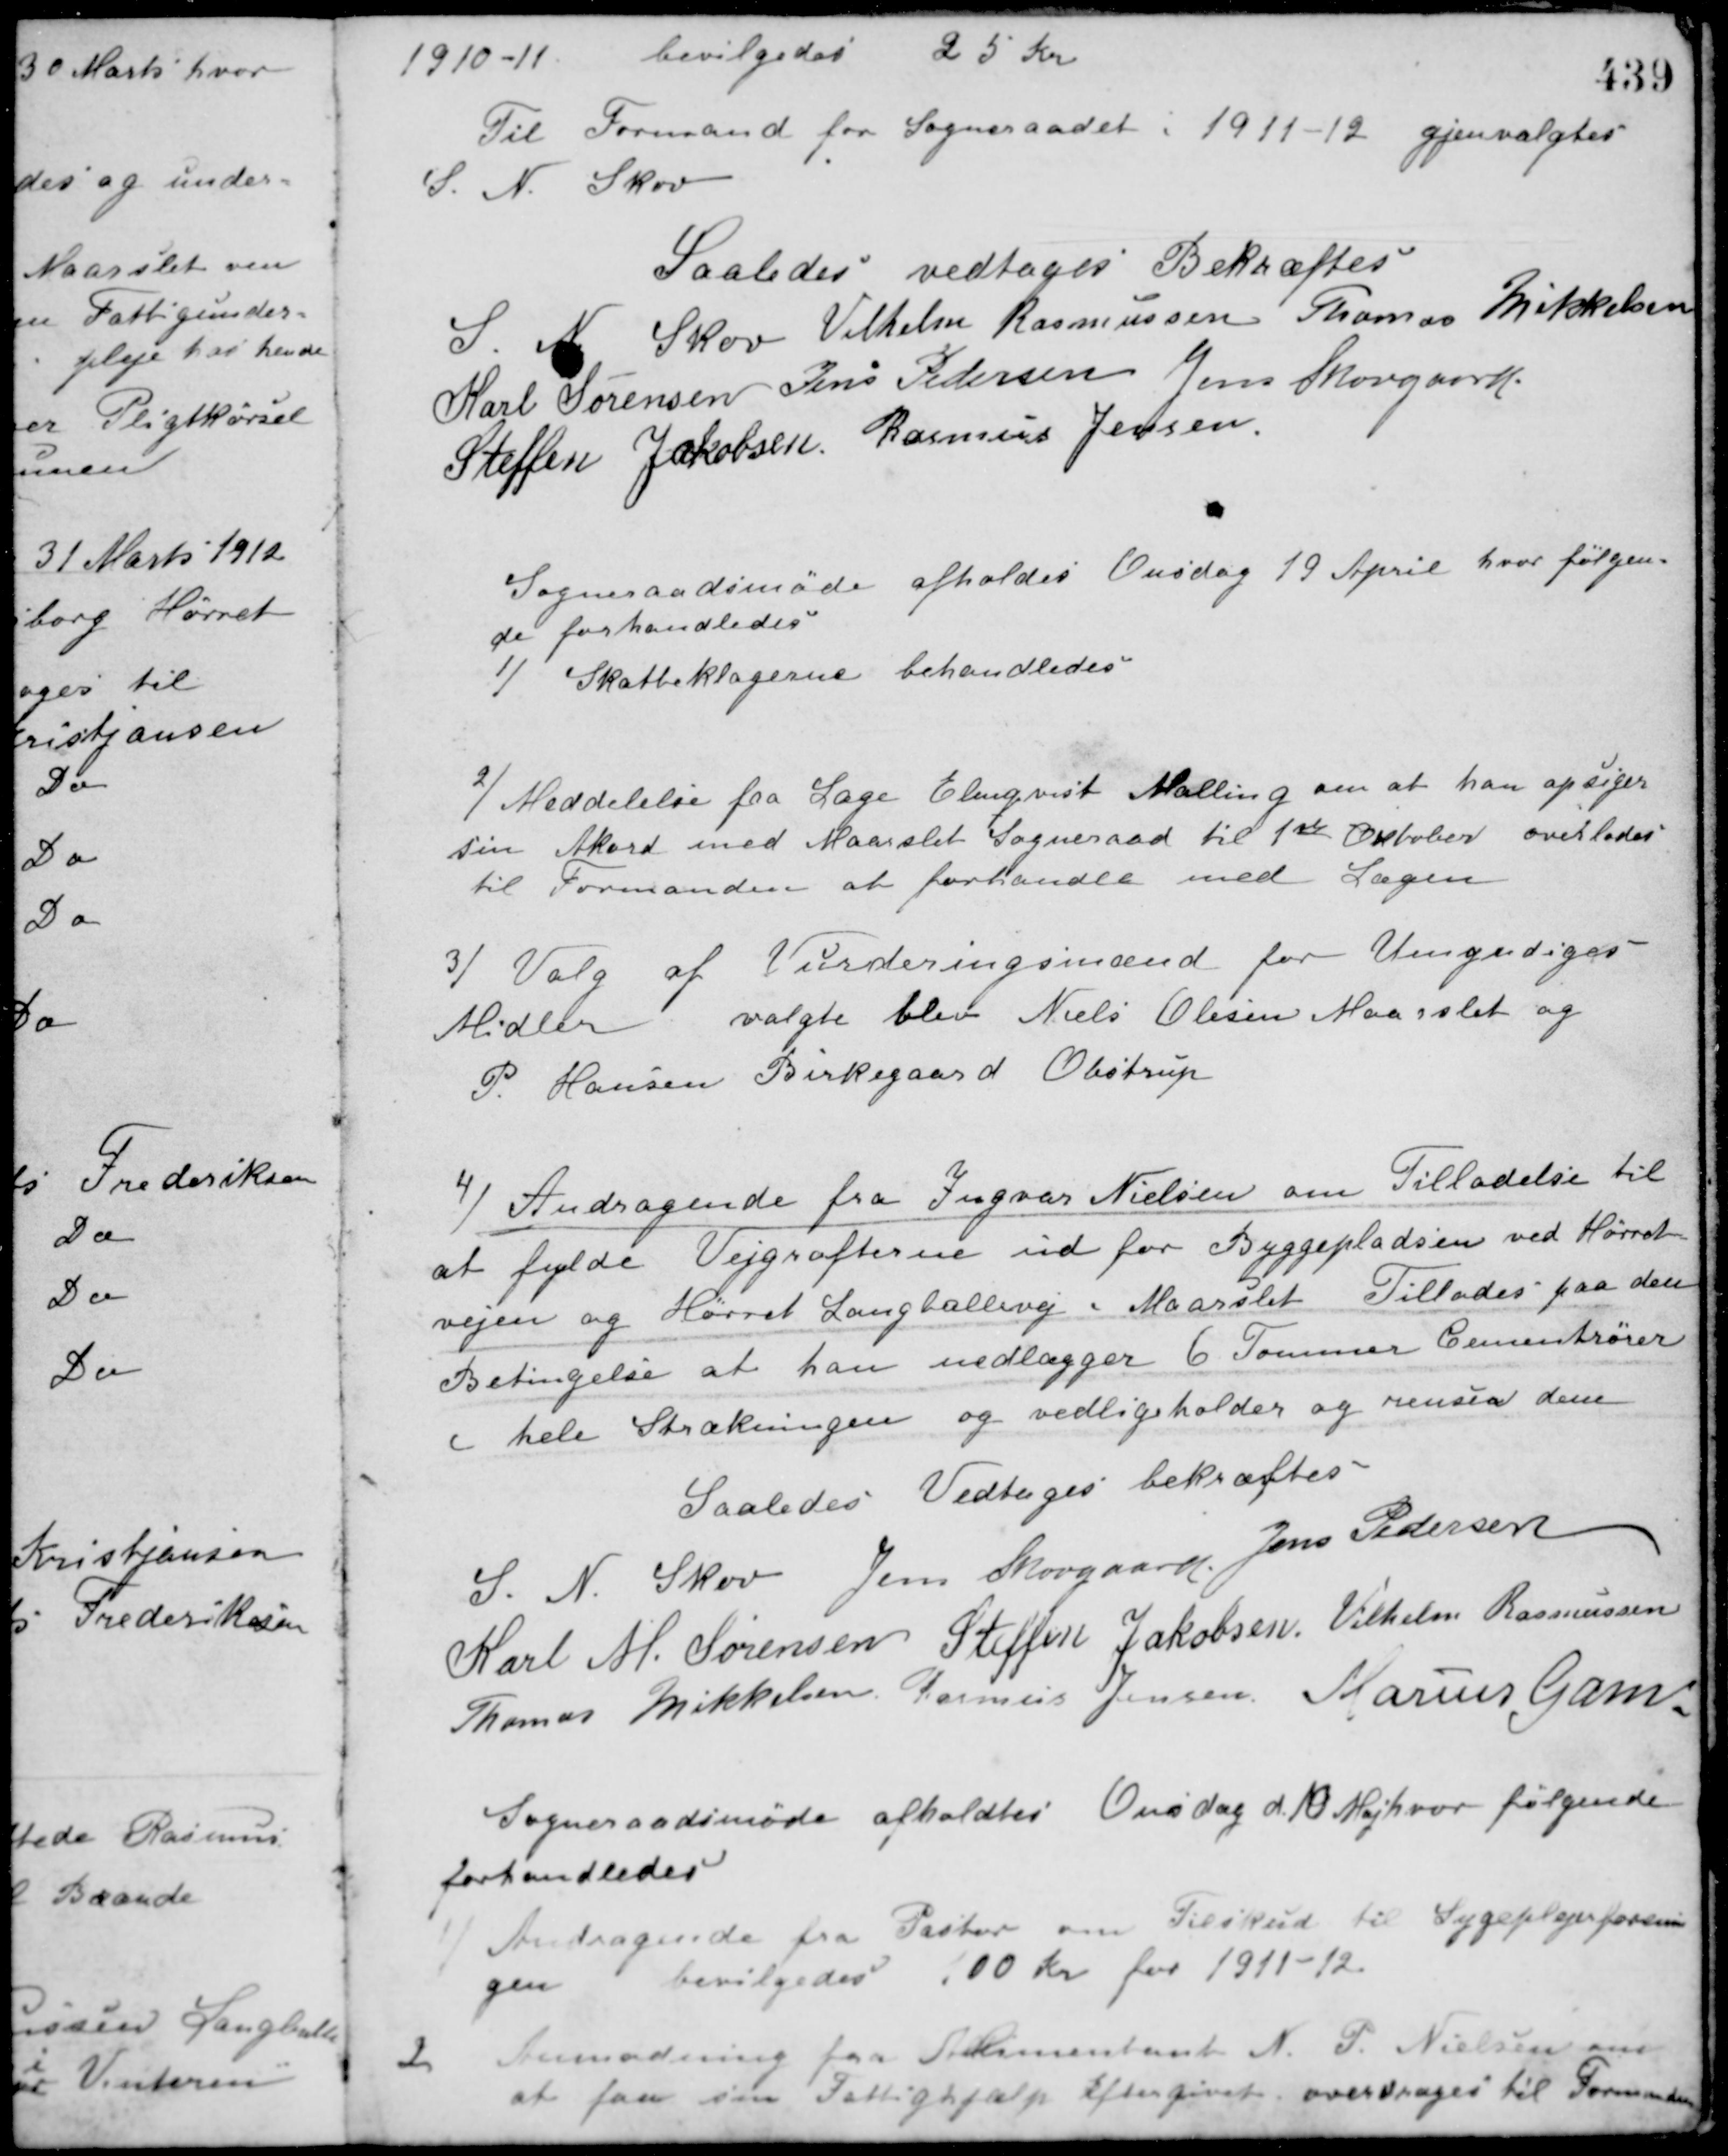
Transskription:
1910-11
bevilgedes 25 Kr.
Til Formand for Sogneraadet i 1911-12 gjenvalgtes
S. N. Skov
Saaledes vedtaget Bekræftes
S. N. Skov Vilhelm Rasmussen Thomas Mikkelsen
Karl Sørensen Jens Pedersen Jens Skovgaard
Steffen Jakobsen Rasmus Jensen
Sogneraadsmøde afholdes Onsdag 19 April hvor følgen-
de forhandledes
1/ Skatteklagerne behandledes.
2/ Meddelelse fra Læge Elmqvist Malling om at han opsiger
sin Akord med Maarslet Sogneraad til 1ste Oktober overlodes
til Formanden at forhandle med Lægen.
3/ Valg af Vurderingsmænd for Umyndiges
Midler valgte blev Niels Olesen Maarslet og
P. Hansen Birkegaard Obstrup.
4/ Andragende fra Ingvar Nielsen om Tilladelse til
at fylde Vejgrøfterne ud for Byggepladsen ved Hørret
vejen og Hørret Langballevej i Maarslet. Tillades paa den
Betingelse at han nedlægger 6 Tommer Cementrører
i hele Strækningen og vedligeholder og renser dem.
Saaledes Vedtaget bekræftes
S. N. Skov Jens Skovgaard Jens Pedersen
Karl M. Sørensen Steffen Jakobsen Vilhelm Rasmussen
Thomas Mikkelsen Rasmus Jensen Marius Gam
Sogneraadsmøde afholdtes Onsdag d. 10 Maj hvor følgende
forhandledes
1/ Andragende fra Pastor om Tilskud til Sygeplejerforenin-
gen bevilgedes 100 Kr. for 1911-12.
2 Anmodning fra Alimentant N. P. Nielsen om
at faa sin Fattighjælp eftergivet overdroges til Formanden.